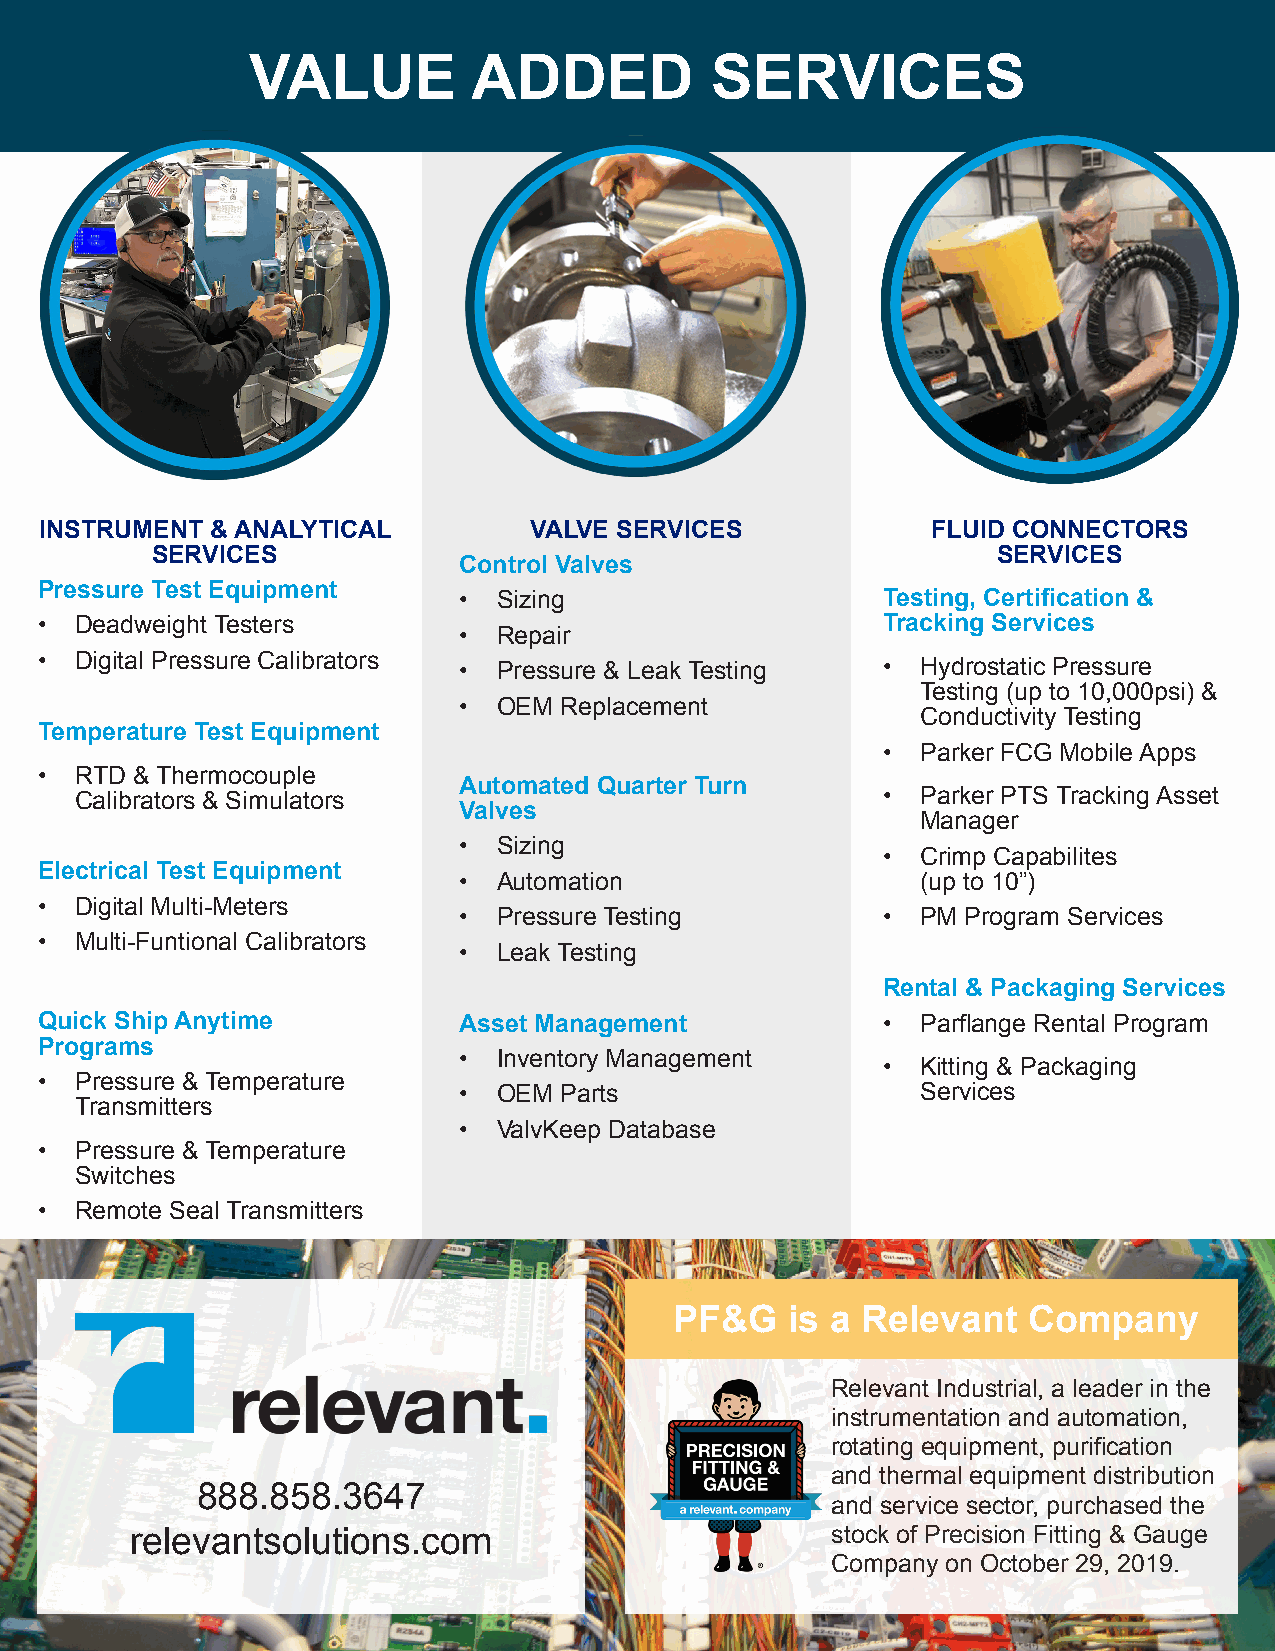
VALUE          ADDED           SERVICES
 INSTRUMENT & ANALYTICAL         VALVE SERVICES             FLUID CONNECTORS
 SERVICES                                                SERVICES
 Control Valves
 Pressure Test Equipment
 •  Sizing                   Testing, Certification &
 •  Deadweight Testers                                   Tracking Services
 •  Repair
 •  Digital Pressure Calibrators • Pressure & Leak Testing • Hydrostatic Pressure
 Testing (up to 10,000psi) &
 •  OEM Replacement
 Conductivity Testing
 Temperature Test Equipment
 •  Parker FCG Mobile Apps
 •  RTD & Thermocouple
 Automated Quarter Turn
 Calibrators & Simulators                             •  Parker PTS Tracking Asset
 Valves
 Manager
 •  Sizing
 •  Crimp Capabilites
 Electrical Test Equipment
 •  Automation                  (up to 10”)
 •  Digital Multi-Meters
 •  Pressure Testing         •  PM Program Services
 •  Multi-Funtional Calibrators
 •  Leak Testing
 Rental & Packaging Services
 Quick Ship Anytime          Asset Management            •  Parflange Rental Program
 Programs
 •  Inventory Management
 •  Kitting & Packaging
 •  Pressure & Temperature
 •  OEM Parts                   Services
 Transmitters
 •  ValvKeep Database
 •  Pressure & Temperature
 Switches
 •  Remote Seal Transmitters
 PF&G   is a Relevant   Company
 Relevant Industrial, a leader in the
 instrumentation and automation,
 rotating equipment, purification
 and thermal equipment distribution
 888.858.3647
 and service sector, purchased the
 relevantsolutions.com                         stock of Precision Fitting & Gauge
 Company on October 29, 2019.